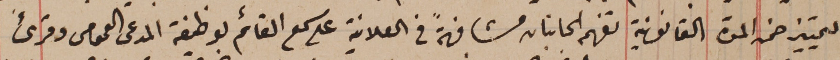
والتمييز ضمن المدة القانونية تفهم الجانبان مشافهةً فى العلانية على سمع القائم بوظيفة المدعى العمومى وقرىء